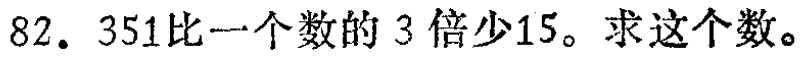
82. 351比一个数的3倍少15。求这个数。